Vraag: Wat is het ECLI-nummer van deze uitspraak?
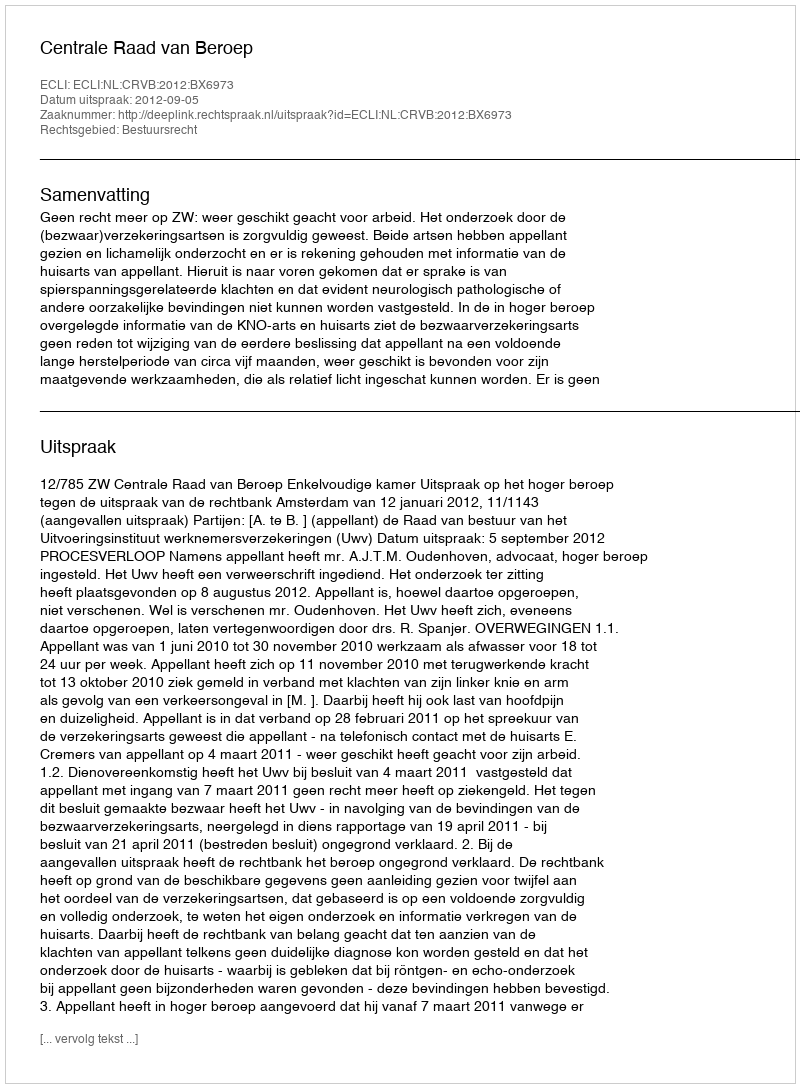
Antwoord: ECLI:NL:CRVB:2012:BX6973